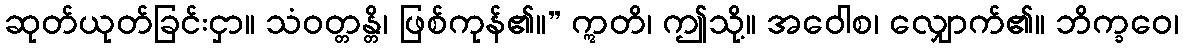
ဆုတ်ယုတ်ခြင်းငှာ။ သံဝတ္တန္တိ၊ ဖြစ်ကုန်၏။” ဣတိ၊ ဤသို့။ အဝေါစ၊ လျှောက်၏။ ဘိက္ခဝေ၊